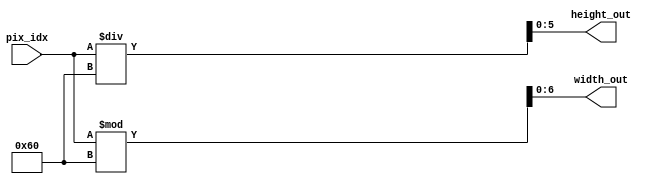
`timescale 1ns / 1ps
//////////////////////////////////////////////////////////////////////////////////
// Company: 
// Engineer: 
// 
// Design Name: 
// Module Name: xy_coordinate
// Project Name: 
// Target Devices: 
// Tool Versions: 
// Description: 
// 
// Dependencies: 
// 
// Revision:
// Revision 0.01 - File Created
// Additional Comments:
// 
//////////////////////////////////////////////////////////////////////////////////


module xy_coordinate(input [12:0] pix_idx, output [6:0] width_out, output [5:0] height_out);
    assign width_out = pix_idx % 96;
    assign height_out = pix_idx / 96;
endmodule